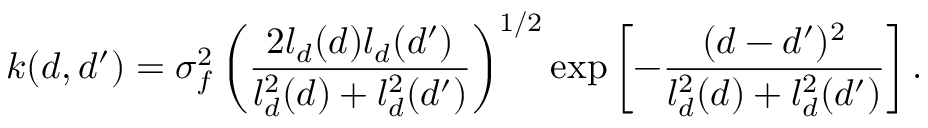
k ( d , d ^ { \prime } ) = \sigma _ { f } ^ { 2 } \left( \frac { 2 l _ { d } ( d ) l _ { d } ( d ^ { \prime } ) } { l _ { d } ^ { 2 } ( d ) + l _ { d } ^ { 2 } ( d ^ { \prime } ) } \right) ^ { 1 / 2 } \mathrm { e x p } \left[ - \frac { ( d - d ^ { \prime } ) ^ { 2 } } { l _ { d } ^ { 2 } ( d ) + l _ { d } ^ { 2 } ( d ^ { \prime } ) } \right] .